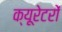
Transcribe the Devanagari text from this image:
क्यूरेटरों